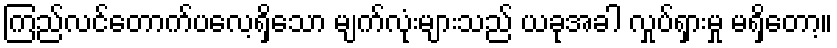
ကြည်လင်တောက်ပလေ့ရှိသော မျက်လုံးများသည် ယခုအခါ လှုပ်ရှားမှု မရှိတော့။